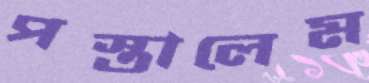
পস্তালেম